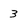
Character: 3